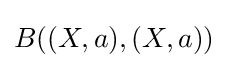
B((X,a),(X,a))